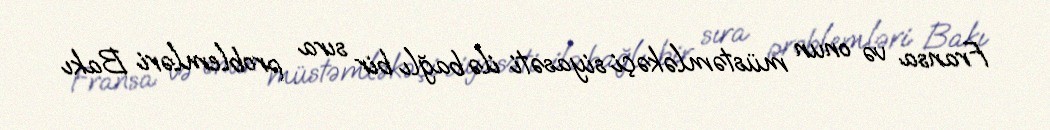
Fransa və onun müstəmləkəçi siyasəti ilə bağlı bir sıra problemləri Bakı